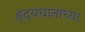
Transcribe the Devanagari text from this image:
हृदयघाताच्या